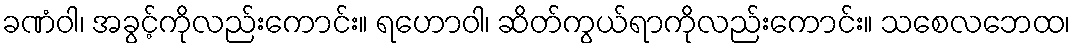
ခဏံဝါ၊ အခွင့်ကိုလည်းကောင်း။ ရဟောဝါ၊ ဆိတ်ကွယ်ရာကိုလည်းကောင်း။ သစေလဘေထ၊